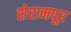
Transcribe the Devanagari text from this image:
सेरामपूर